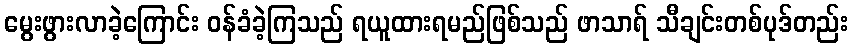
မွေးဖွားလာခဲ့ကြောင်း ဝန်ခံခဲ့ကြသည် ရယူထားရမည်ဖြစ်သည် ဖာသာရ် သီချင်းတစ်ပုဒ်တည်း